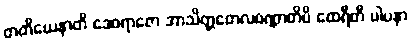
တတိယေနာတိ ဒေဝရာဇော အာသိတ္တတေလဝဏ္ဏာတိပိ ထေရီတိ ပါပနာ